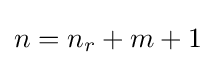
n=n_{r}+m+1